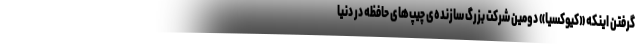
گرفتن اینکه «کیوکسیا» دومین شرکت بزرگ سازنده‌ی چیپ‌های حافظه در دنیا